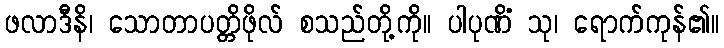
ဖလာဒီနိ၊ သောတာပတ္တိဖိုလ် စသည်တို့ကို။ ပါပုဏိံ သု၊ ရောက်ကုန်၏။